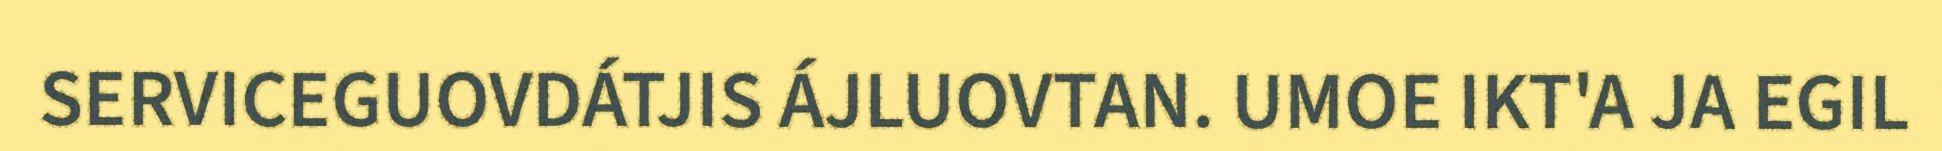
SERVICEGUOVDÁTJIS ÁJLUOVTAN. UMOE IKT'A JA EGIL